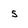
Character: S